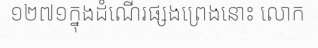
១២៧១ក្នុងដំណើរផ្សងព្រេងនោះ លោក